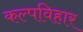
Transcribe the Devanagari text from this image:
कल्पविहार